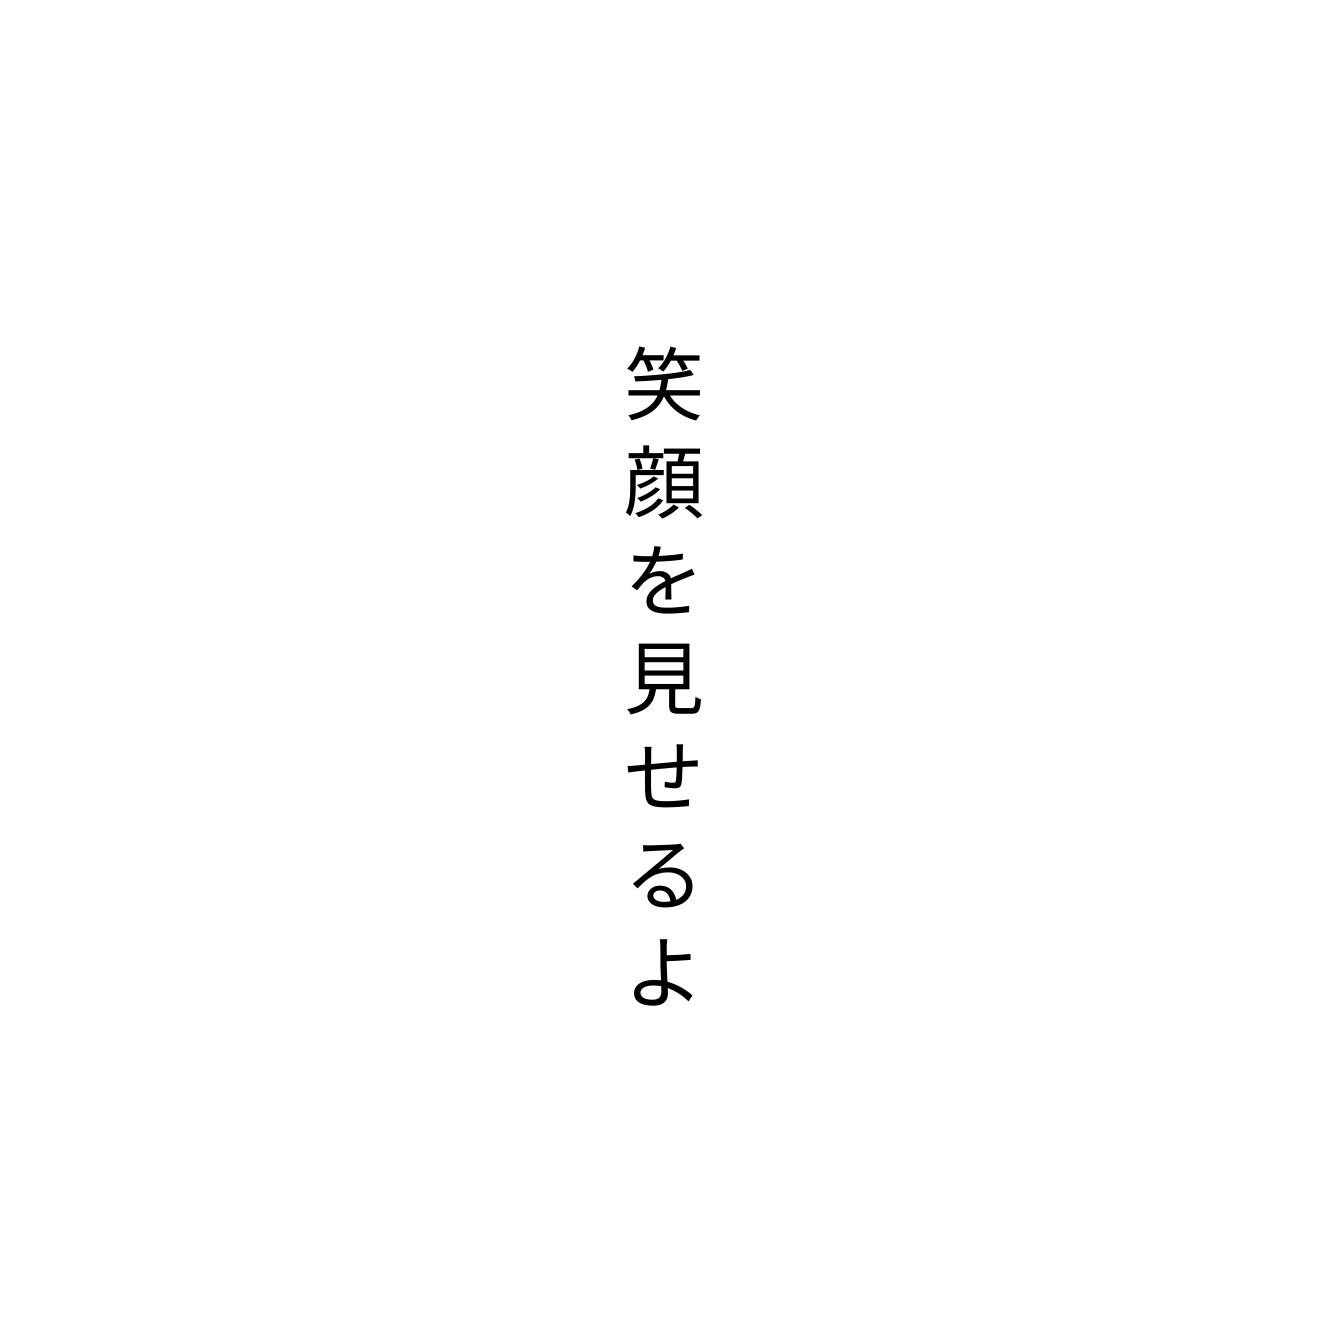
笑顔を見せるよ